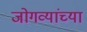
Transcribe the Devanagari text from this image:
जोगव्यांच्या